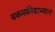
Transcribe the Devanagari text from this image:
चकमकीदरम्यान